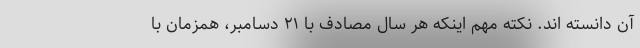
آن دانسته اند. نکته مهم اینکه هر سال مصادف با ۲۱ دسامبر، همزمان با